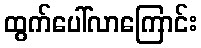
ထွက်ပေါ်လာကြောင်း